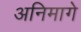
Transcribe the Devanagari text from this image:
अनिमागे